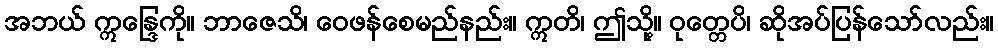
အဘယ် ဣန္ဒြေကို။ ဘာဇေသိ၊ ဝေဖန်စေမည်နည်း။ ဣတိ၊ ဤသို့။ ဝုတ္တေပိ၊ ဆိုအပ်ပြန်သော်လည်း။